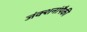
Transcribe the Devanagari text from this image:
जंक्शनांपैकी